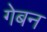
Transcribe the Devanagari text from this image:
गेबन